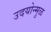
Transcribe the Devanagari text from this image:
उदयोन्मुळ